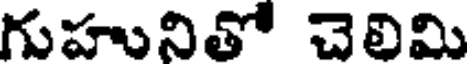
గుహునితో చెలిమి